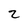
Character: z